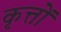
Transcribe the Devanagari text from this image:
कृत्तों